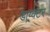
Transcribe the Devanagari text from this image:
डाय्र्क्टर